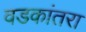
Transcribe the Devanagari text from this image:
वडकांतरा